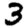
Digit: 3